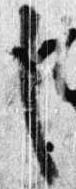
之